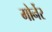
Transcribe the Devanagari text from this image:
मोर्नेर